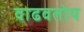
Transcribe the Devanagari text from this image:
वाढवतोय